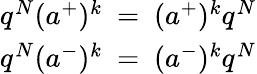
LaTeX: \begin{array}{c}{{q^{N}(a^{+})^{k}~=~(a^{+})^{k}q^{N}}}\\ {{q^{N}(a^{-})^{k}~=~(a^{-})^{k}q^{N}}}\end{array}